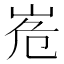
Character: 峞